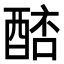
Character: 𨡥